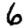
Digit: 6